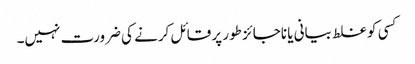
کسی کو غلط بیانی یا ناجائز طور پر قائل کرنے کی ضرورت نہیں۔